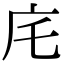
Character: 㡯